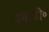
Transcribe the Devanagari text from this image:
एन॰डी॰